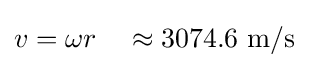
v=\omega r\quad \approx 3074.6~{\text{m/s}}